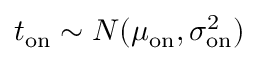
t _ { \mathrm { o n } } \sim N ( \mu _ { \mathrm { o n } } , \sigma _ { \mathrm { o n } } ^ { 2 } )